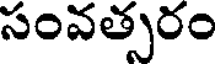
సంవత్సరం